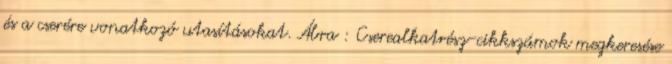
és a cserére vonatkozó utasításokat. Ábra : Cserealkatrész-cikkszámok megkeresése